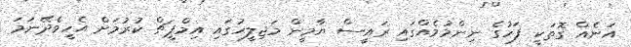
އަނެއް ގޮތަކީ ފަހުގެ ނިންމުމެއްގައި ރައީސް ޔާމީން މަޖިލީހުގައި އިމްޕީޗް ކުރުމަށް އެހީވެދޭނަމަ